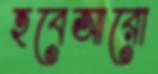
হবেআরো